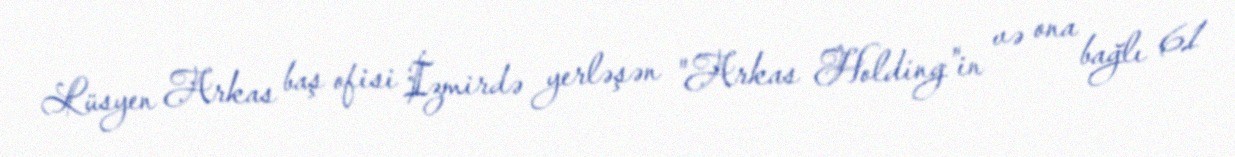
Lüsyen Arkas baş ofisi İzmirdə yerləşən "Arkas Holding"in və ona bağlı 61